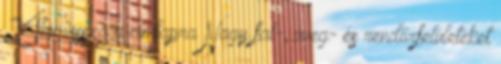
24hu vissza a címlapra Nagy fal-, üveg- és rendőrfelületeket